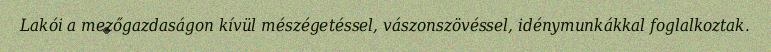
Lakói a mezőgazdaságon kívül mészégetéssel, vászonszövéssel, idénymunkákkal foglalkoztak.